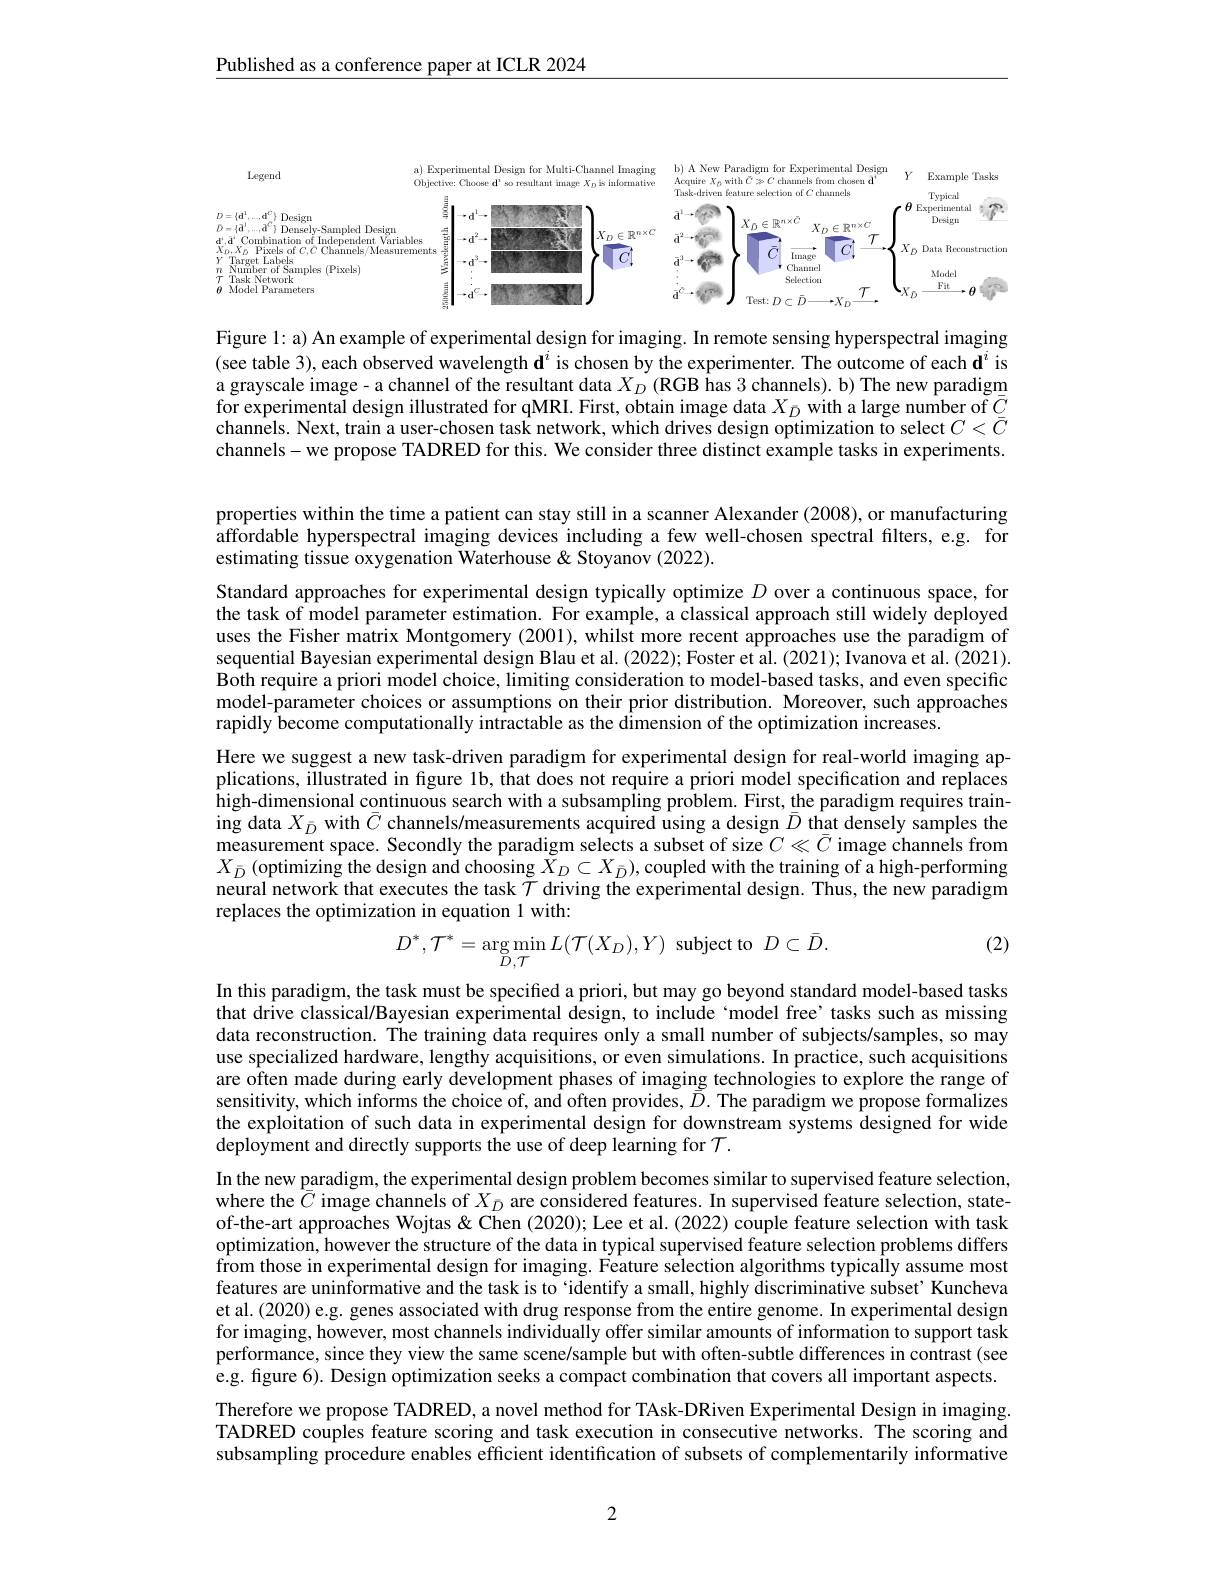
$\underline{\text{Published as a conference paper at ICLR 2024}}$

<FigureHere>

Figure l: a) An example of experimental design for imaging. In remote sensing hyperspectral imaging (see table 3), each observed wavelength $\mathbf{d}^i$ is chosen by the experimenter. The outcome of each $\mathbf{d}^i$ is a grayscale image- a channel of the resultant data $X_D\left(\mathbf{RGB}\text{ has 3 channels).b}\right)$The new paradigm for experimental design illustrated for qMRI. First, obtain image data $X_{D}$ with a large number of $\overline {C}$ channels. Next, train a user- chosen task network, which drives design optimization to select $C< \overline {C}$ channels-we propose TADRED for this. We consider three distinct example tasks in experiments.

properties within the time a patient can stay still in a scanner Alexander (2008), or manufacturing affordable hyperspectral imaging devices including a few well-chosen spectral filters, e.g. for estimating tissue oxygenation Waterhouse & Stoyanov (2022).

Standard approaches for experimental design typically optimize $D$ over a continuous space, for the task of model parameter estimation. For example, a classical approach still widely deployed uses the Fisher matrix Montgomery (2001), whilst more recent approaches use the paradigm of sequential Bayesian experimental design Blau et al. (2022); Foster et al. (2021); Ivanova et al. (2021). $\hat{\text{Both require a priori model choice, limiting consideration to model-based tasks, and even speciffc}}$ model-parameter choices or assumptions on their prior distribution. Moreover, such approaches rapidly become computationally intractable as the dimension of the optimization increases.
Here we suggest a new task-driven paradigm for experimental design for real-world imaging applications, illustrated in figure 1b, that does not require a priori model specification and replaces high-dimensional continuous search with a subsampling problem. First, the paradigm requires training data $X_{\bar{D}}$ with $\bar{C}$ channels/measurements acquired using a design $\bar{D}$ that densely samples the measurement space. Secondly the paradigm selects a subset of size $C\ll\bar{C}$ image channels from $X_{\bar{D}}\left(\text{optimizing the design and choosing }\tilde{X}_{D}\subset X_{\bar{D}}\right)$,coupled with the training of a high-performing neural network that executes the task $\mathcal{T}$ driving the experimental design. Thus, the new paradigm replaces the optimization in equation 1 with:
(2)
$$D^*,\mathcal{T}^*=\underset{D,\mathcal{T}}{\arg\min}L(\mathcal{T}(X_D),Y)\:\text{subject to}\:D\subset\bar{D}.$$
In this paradigm, the task must be specified a priori, but may go beyond standard model-based tasks that drive classical/Bayesian experimental design, to include‘model free’tasks such as missing data reconstruction. The training data requires only a small number of subjects/samples, so may use specialized hardware, lengthy acquisitions, or even simulations. In practice, such acquisitions are often made during early development phases of imaging technologies to explore the range of sensitivity, which informs the choice of, and often provides, $\tilde{D}.$ The paradigm we propose formalizes the exploitation of such data in experimental design for downstream systems designed for wide deployment and directly supports the use of deep learning for $\mathcal{T}.$
In the new paradigm, the experimental design problem becomes similar to supervised feature selection, where the $\bar{C}$ image channels of $X_\bar{D}\text{ are considered features. In supervised feature selection, state- }$ of-the-art approaches Wojtas & Chen (2020); Lee et al. (2022) couple feature selection with task optimization, however the structure of the data in typical supervised feature selection problems differs from those in experimental design for imaging. Feature selection algorithms typically assume most features are uninformative and the task is to `identify a small, highly discriminative subset' Kuncheva et al. (2020) e.g. genes associated with drug response from the entire genome. In experimental design for imaging, however, most channels individually offer similar amounts of information to support task performance, since they view the same scene/sample but with often-subtle differences in contrast (see e.g. figure 6). Design optimization seeks a compact combination that covers all important aspects. Therefore we propose TADRED, a novel method for TAsk-DRiven Experimental Design in imaging TADRED couples feature scoring and task execution in consecutive networks. The scoring and subsampling procedure enables efficient identification of subsets of complementarily informative

2